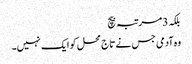
بلکہ 3مرتبہ بیچ
وہ آدمی جس نے تاج محل کو ایک نہیں۔